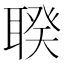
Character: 聧